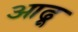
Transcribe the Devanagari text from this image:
आढ़ू